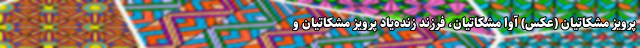
پرویز مشکاتیان (عکس) آوا مشکاتیان، فرزند زنده‌یاد پرویز مشکاتیان و